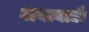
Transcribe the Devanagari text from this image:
गायत्र्याद्यैः